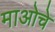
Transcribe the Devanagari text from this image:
माओचे